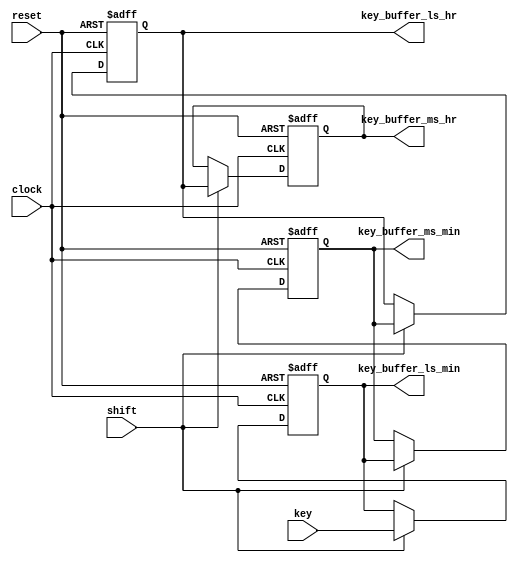
module keyreg(reset,
              clock,
              shift,
              key,
              key_buffer_ls_min,
              key_buffer_ms_min,
              key_buffer_ls_hr,
              key_buffer_ms_hr);
// Define input and output port direction
  input reset,
        clock,
        shift;
  input [3:0] key;
  output reg [3:0]  key_buffer_ls_min,
                    key_buffer_ms_min,
                    key_buffer_ls_hr,
                    key_buffer_ms_hr;



///////////////////////////////////////////////////////////////////
// This procedure stores the last 4 keys pressed. The FSM block
// detects the new key value and triggers the shift pulse to shift
// in the new key value.
///////////////////////////////////////////////////////////////////
always @(posedge clock or posedge reset)
begin
  // For asynchronous reset, reset the key_buffer output register to 1'b0
  if (reset)
  begin
    key_buffer_ls_min <= 0;
    key_buffer_ms_min <= 0;
    key_buffer_ls_hr <= 0;
    key_buffer_ms_hr <= 0;
  end
  // Else if there is a shift, perform left shift from LS_MIN to MS_HR
  else  if (shift == 1)
  begin
    key_buffer_ms_hr  <= key_buffer_ls_hr;
    key_buffer_ls_hr  <= key_buffer_ms_min;
    key_buffer_ms_min <= key_buffer_ls_min;
    key_buffer_ls_min <= key;
  end

end

endmodule